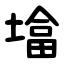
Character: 墖